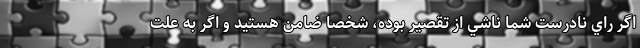
اگر راي نادرست شما ناشي از تقصير بوده، شخصا ضامن هستيد و اگر به علت